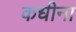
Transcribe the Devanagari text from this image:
कधीना